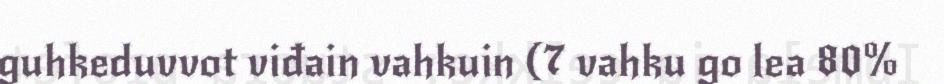
guhkeduvvot viđain vahkuin (7 vahku go lea 80%